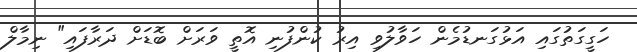
ހަގީގަތުގައި އަޅުގަނޑުމެން ހަވާލުވި އިރު ކުންފުނި އޮތީ ވަރަށް ބޮޑަށް ދަރާފައި" ނިމާލް